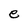
Character: e